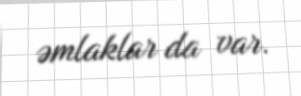
əmlaklar da var.